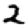
Digit: 2